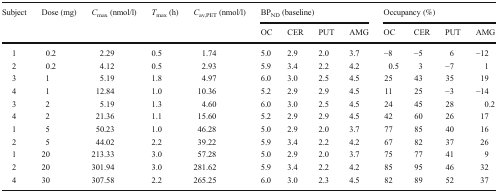
| <ROWSPAN=2> Subject | <ROWSPAN=2> Dose (mg) | <ROWSPAN=2> Cmax (nmol/l) | <ROWSPAN=2> Tmax (h) | <ROWSPAN=2> Cav,PET (nmol/l) | <COLSPAN=4> BPND (baseline) | <COLSPAN=4> Occupancy (%) |
 | OC | CER | PUT | AMG | OC | CER | PUT | AMG |
 | --- | --- | --- | --- | --- | --- | --- | --- | --- | --- | --- | --- | --- |
 | 1 | 0.2 | 2.29 | 0.5 | 1.74 | 5.0 | 2.9 | 2.0 | 3.7 | −8 | −5 | 6 | −12 |
 | 2 | 0.2 | 4.12 | 0.5 | 2.93 | 5.9 | 3.4 | 2.2 | 4.2 | 0.5 | 3 | −7 | 1 |
 | 3 | 1 | 5.19 | 1.8 | 4.97 | 6.0 | 3.0 | 2.5 | 4.5 | 25 | 43 | 35 | 19 |
 | 4 | 1 | 12.84 | 1.0 | 10.36 | 5.2 | 2.9 | 2.9 | 4.5 | 11 | 25 | −3 | −14 |
 | 3 | 2 | 5.19 | 1.3 | 4.60 | 6.0 | 3.0 | 2.5 | 4.5 | 24 | 45 | 28 | 0.2 |
 | 4 | 2 | 21.36 | 1.1 | 15.60 | 5.2 | 2.9 | 2.9 | 4.5 | 42 | 60 | 26 | 17 |
 | 1 | 5 | 50.23 | 1.0 | 46.28 | 5.0 | 2.9 | 2.0 | 3.7 | 77 | 85 | 40 | 16 |
 | 2 | 5 | 44.02 | 2.2 | 39.22 | 5.9 | 3.4 | 2.2 | 4.2 | 67 | 82 | 37 | 26 |
 | 1 | 20 | 213.33 | 3.0 | 57.28 | 5.0 | 2.9 | 2.0 | 3.7 | 75 | 77 | 41 | 9 |
 | 2 | 20 | 301.94 | 3.0 | 281.62 | 5.9 | 3.4 | 2.2 | 4.2 | 85 | 95 | 46 | 32 |
 | 4 | 30 | 307.58 | 2.2 | 265.25 | 6.0 | 3.0 | 2.3 | 4.5 | 82 | 89 | 52 | 37 |